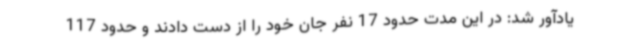
یادآور شد: در این مدت حدود 17 نفر جان خود را از دست دادند و حدود 117